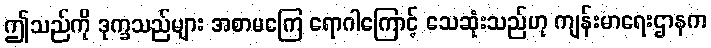
ဤသည်ကို ဒုက္ခသည်များ အစာမကြေ ရောဂါကြောင့် သေဆုံးသည်ဟု ကျန်းမာရေးဌာနက